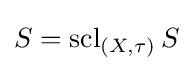
S=\operatorname {scl} _{(X,\tau )}S